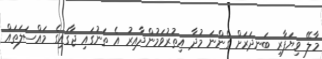
މާލޭ ވިޔަފާރި ބަނދަރަަށް ގެންނަ މުދާ އިތުރުވަމުންދާއިރު އެ ތަނުގައި ޖާގައިގެ މައްސަލަތައް